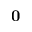
\bf 0